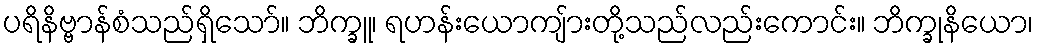
ပရိနိဗ္ဗာန်စံသည်ရှိသော်။ ဘိက္ခူ၊ ရဟန်းယောကျ်ားတို့သည်လည်းကောင်း။ ဘိက္ခုနိယော၊